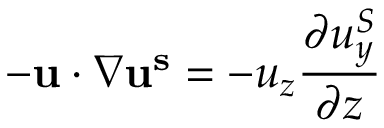
- \mathbf { u } \cdot \nabla \mathbf { u ^ { s } } = - u _ { z } \frac { \partial u _ { y } ^ { S } } { \partial z }